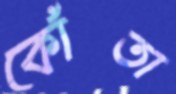
কোঁতা